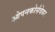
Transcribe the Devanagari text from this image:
ओपनकोर्सवेयर